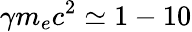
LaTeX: \gamma m_{e}c^{2}\simeq 1-10